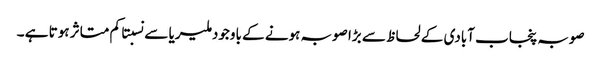
صوبہ پنجاب آبادی کے لحاظ سے بڑا صوبہ ہونے کے باوجود ملیریا سے نسبتا کم متاثر ہوتا ہے ۔